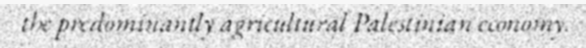
the predominantly agricultural Palestinian economy.